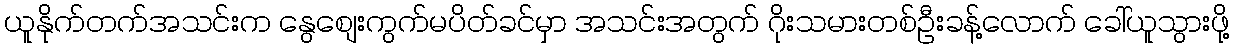
ယူနိုက်တက်အသင်းက နွေစျေးကွက်မပိတ်ခင်မှာ အသင်းအတွက် ဂိုးသမားတစ်ဦးခန့်လောက် ခေါ်ယူသွားဖို့